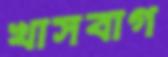
খাসবাগ